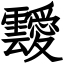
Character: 靉